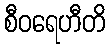
စီဝရေဟီတိ